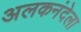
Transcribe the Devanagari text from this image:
अलकनंदेला